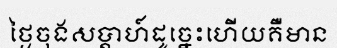
ថ្ងៃចុងសប្តាហ៍ដូច្នេះហើយគឺមាន